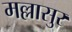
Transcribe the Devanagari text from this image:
मल्लासुर